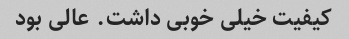
کیفیت خیلی خوبی داشت. عالی بود